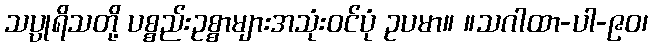
သပ္ပုရိသတို့ ပစ္စည်းဥစ္စာများအသုံးဝင်ပုံ ဥပမာ။ ။သဂါထာ-ပါ-၉၀၊